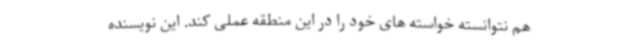
هم نتوانسته خواسته های خود را در این منطقه عملی کند. این نویسنده